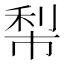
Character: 𥞿